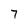
Character: 7